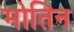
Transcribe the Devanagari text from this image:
मोतिन